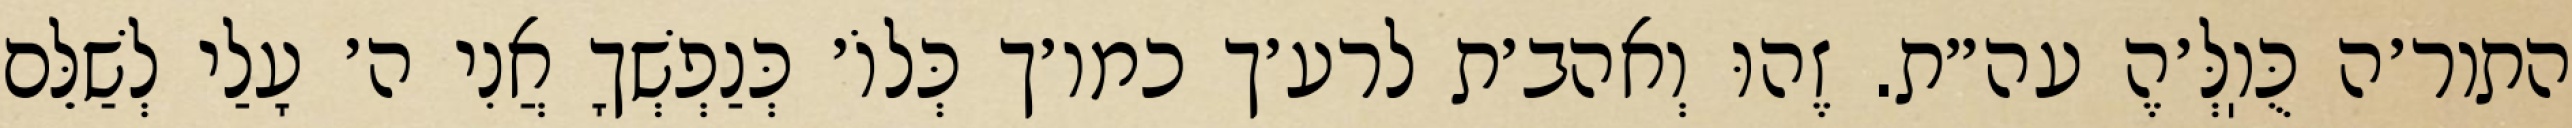
התור׳ה כֻּוֽלְּ׳הֶ עה״ת. זֶהוּ וְאהב׳ת לרע׳ך כמו׳ך כְּלוֹ׳ כְּנַפְשְׁךָ אֲנִי ה׳ עָלַי לְשַׁלֵּם